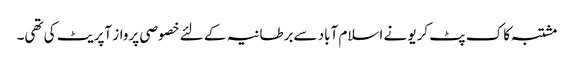
مشتبہ کاک پٹ کریو نے اسلام آباد سےبرطانیہ کے لئے خصوصی پرواز آپریٹ کی تھی۔